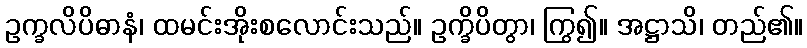
ဥက္ခလိပိဓာနံ၊ ထမင်းအိုးစလောင်းသည်။ ဥက္ခိပိတွာ၊ ကြွ၍။ အဋ္ဌာသိ၊ တည်၏။